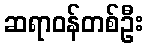
ဆရာဝန်တစ်ဦး